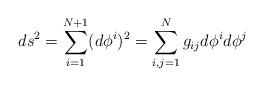
LaTeX: \begin{align*}ds^2=\sum_{i=1}^{N+1}(d\phi^i)^2=\sum_{i,j=1}^Ng_{ij}d\phi^id\phi^j\end{align*}